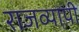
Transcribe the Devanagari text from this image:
राजव्यापी